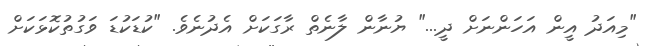
"މިއަދު އީން އަހަންނަށް ދީ..." ޔުނާން ލާނެތް ރާގަކަށް އެދުނެވެ. "ކުޑަކުޑަ ވަގުތުކޮޅަކަށް